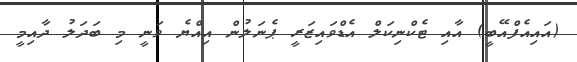
(އައިއެފްއޭބީ) އާއި ޓެކްނިކަލް އެޑްވައިޒަރީ ޕެނަލުން އިއްޔެ ވަނީ މި ބަދަލު ދާއިމީ